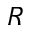
R